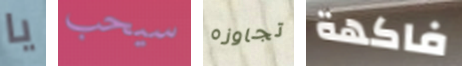
يا سيحب تجاوزه فاكهة